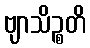
ဗျာသိဉ္စတိ